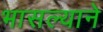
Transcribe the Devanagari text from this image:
भासल्याने